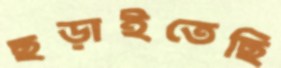
ছড়াইতেছি